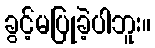
ခွင့်မပြုခဲ့ပါဘူး။